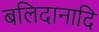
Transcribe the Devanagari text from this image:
बलिदानादि